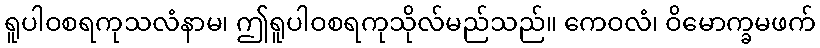
ရူပါဝစရကုသလံနာမ၊ ဤရူပါဝစရကုသိုလ်မည်သည်။ ကေဝလံ၊ ဝိမောက္ခမဖက်